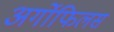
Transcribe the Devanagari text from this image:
अर्गोफिलस